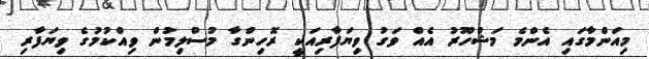
މިއަންމާގައި އެންމެ މަޝްހޫރު އެއް ވަގު ވިޔަފާރިއަކީ ރޮހިންގާ މުސްލިމުން ވިއްކުމުގެ ވިޔަފާރި